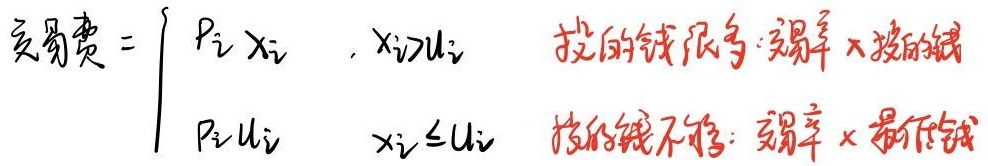
交易费 = \(p_i x_i\)，\(x_i\geq u_i\)（投资的钱不得低于下限 \(×\) 投资费率，投资的钱多于下限 \(×\) 投资费率）